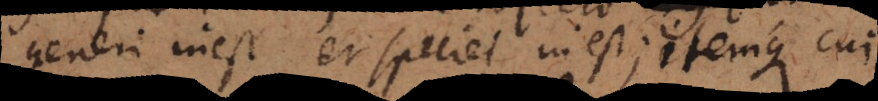
generi inest et speciei inest; itemque cui